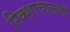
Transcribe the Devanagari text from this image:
रिक्शाचालकों